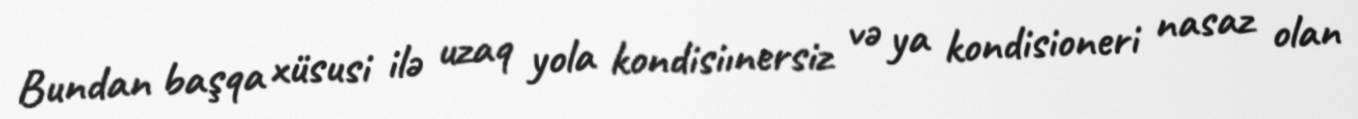
Bundan başqa xüsusi ilə uzaq yola kondisiınersiz və ya kondisioneri nasaz olan